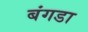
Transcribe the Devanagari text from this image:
बंगडा